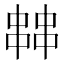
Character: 𠁷